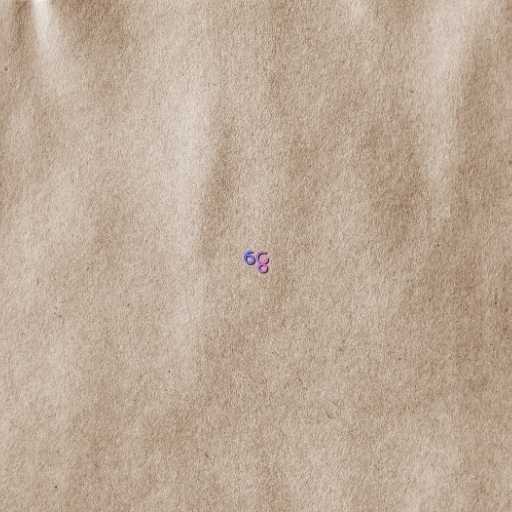
ငွေ